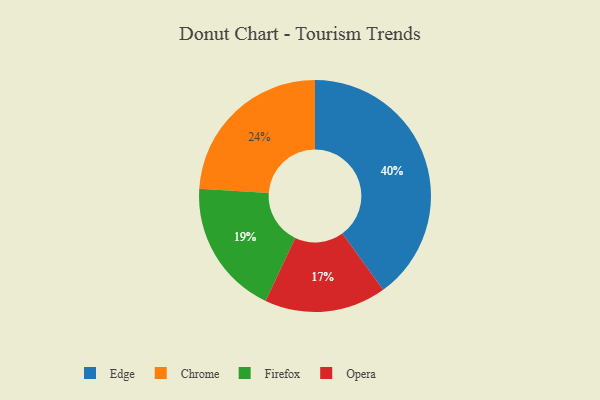
{"axis": {"x": "Category", "y": "Percentage"}, "legend": ["Chrome", "Edge", "Firefox", "Opera"], "data": [{"x": "Firefox", "y": 19, "type": "Firefox"}, {"x": "Chrome", "y": 24, "type": "Chrome"}, {"x": "Edge", "y": 40, "type": "Edge"}, {"x": "Opera", "y": 17, "type": "Opera"}]}